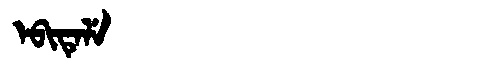
Manchu: ᡝᠪᡳᡨᡝᠯᡝ
Romanization: EBITELE